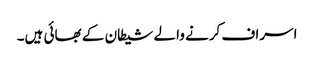
اسراف کرنے والے شیطان کے بھائی ہیں۔